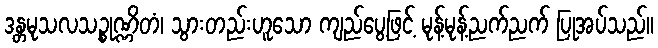
ဒန္တမုသလသဉ္စုဏ္ဏိတံ၊ သွားတည်းဟူသော ကျည်ပွေ့ဖြင့် မုန့်မုန့်ညက်ညက် ပြုအပ်သည်။